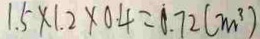
1 . 5 \times 1 . 2 \times 0 . 4 = 0 . 7 2 ( m ^ { 3 } )